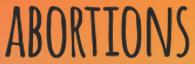
ABORTIONS